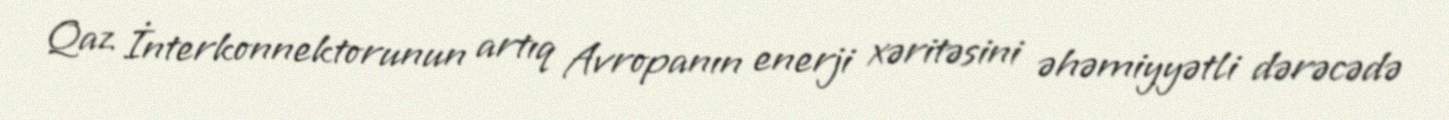
Qaz İnterkonnektorunun artıq Avropanın enerji xəritəsini əhəmiyyətli dərəcədə